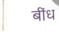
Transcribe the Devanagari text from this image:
बींध